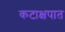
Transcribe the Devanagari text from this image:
कटाक्षपात